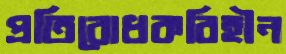
প্রতিরোধকবিহীন